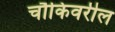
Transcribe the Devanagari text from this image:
चौकिवरील